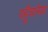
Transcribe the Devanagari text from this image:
पहुँचानेका